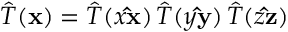
{ \hat { T } } ( \mathbf { x } ) = { \hat { T } } ( x \mathbf { \hat { x } } ) \, { \hat { T } } ( y \mathbf { \hat { y } } ) \, { \hat { T } } ( z \mathbf { \hat { z } } )